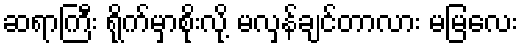
ဆရာကြီး ရိုက်မှာစိုးလို့ မလှန်ချင်တာလား မမြလေး